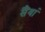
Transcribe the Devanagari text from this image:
सैंयां